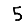
Digit: 5